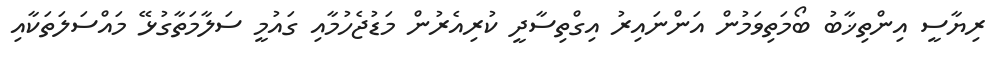
ރިޔާސީ އިންތިޚާބު ބޯމަތިވަމުން އަންނައިރު އިގްތިސާދީ ކުރިއެރުން މަޑުޖެހުމާއި ގައުމީ ސަލާމަތާގުޅޭ މައްސަލަތަކާއި